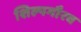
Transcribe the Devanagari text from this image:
शिल्पगौरव